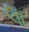
લા